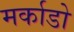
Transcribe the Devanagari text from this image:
मर्काडो